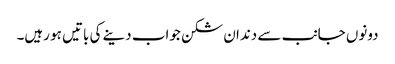
دونوں جانب سے دندان شکن جواب دینے کی باتیں ہو رہیں۔